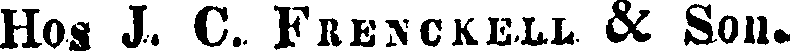
Hos J. C. FRENCKELL & Son.